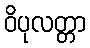
ဝိပုလတ္တာ